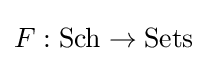
F:{\text{Sch}}\to {\text{Sets}}